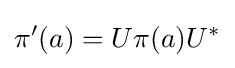
\pi '(a)=U\pi (a)U^{*}